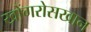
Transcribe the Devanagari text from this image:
खोंगरोसखान